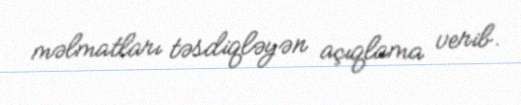
məlmatları təsdiqləyən açıqlama verib.